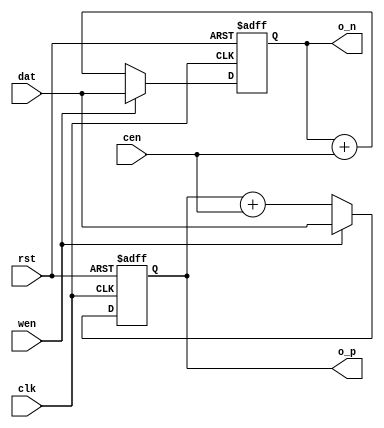
module counter #(
  parameter WIDTH = 8
)(
  // system signals
  input  wire             clk,
  input  wire             rst,
  // counter signas
  input  wire             cen,  // counter enable
  input  wire             wen,  // write enable
  input  wire [WIDTH-1:0] dat,  // input data
  output reg  [WIDTH-1:0] o_p,  // output value (posedge counter)
  output reg  [WIDTH-1:0] o_n   // output value (negedge counter)
);


always @ (posedge clk, posedge rst)
if (rst) o_p <= {WIDTH{1'b0}};
else     o_p <= wen ? dat : o_p + {{WIDTH-1{1'b0}}, cen};


always @ (negedge clk, posedge rst)
if (rst) o_n <= {WIDTH{1'b0}};
else     o_n <= wen ? dat : o_n + {{WIDTH-1{1'b0}}, cen};


endmodule